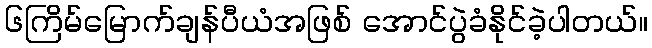
၆ကြိမ်မြောက်ချန်ပီယံအဖြစ် အောင်ပွဲခံနိုင်ခဲ့ပါတယ်။